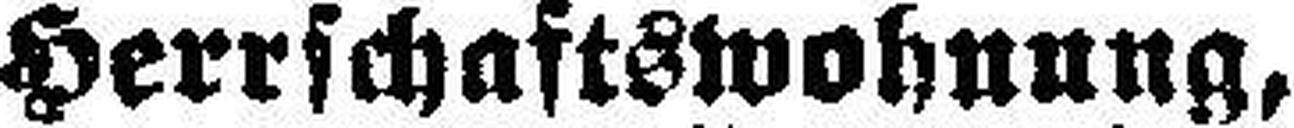
Herrschaftswohnung,